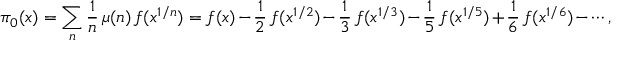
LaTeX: \pi _ { 0 } ( x ) = \sum _ { n } { \frac { 1 } { n } } \, \mu ( n ) \, f ( x ^ { 1 / n } ) = f ( x ) - { \frac { 1 } { 2 } } \, f ( x ^ { 1 / 2 } ) - { \frac { 1 } { 3 } } \, f ( x ^ { 1 / 3 } ) - { \frac { 1 } { 5 } } \, f ( x ^ { 1 / 5 } ) + { \frac { 1 } { 6 } } \, f ( x ^ { 1 / 6 } ) - \cdots ,